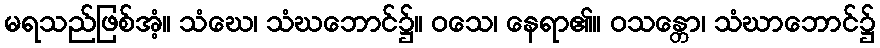
မရသည်ဖြစ်အံ့။ သံဃေ၊ သံဃဘောင်၌။ ဝသေ၊ နေရာ၏။ ဝသန္တော၊ သံဃာဘောင်၌